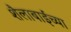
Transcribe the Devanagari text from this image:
शैलाबाईंच्या